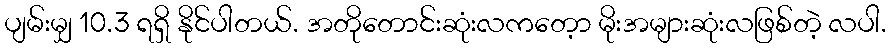
ပျမ်းမျှ 10.3 ရရှိ နိုင်ပါတယ်. အတိုတောင်းဆုံးလကတေ့ာ မိုးအများဆုံးလဖြစ်တဲ့ လပါ.